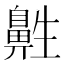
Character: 𱌔